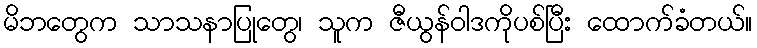
မိဘတွေက သာသနာပြုတွေ၊ သူက ဇီယွန်ဝါဒကိုပစ်ပြီး ထောက်ခံတယ်။